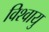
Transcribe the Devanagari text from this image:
विश्वायु